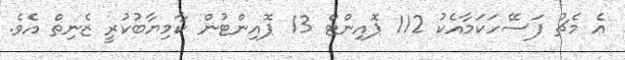
އެ މެޗު ފަސޭހަކަމާއެކު 112 ޕޮއިންޓް 13 ޕޮއިންޓުން ކާމިޔާބުކުރީ ޒެނިތް އެވެ.